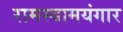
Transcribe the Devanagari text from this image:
रामस्वामयंगार